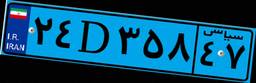
۲۴D۳۵۸۴۷